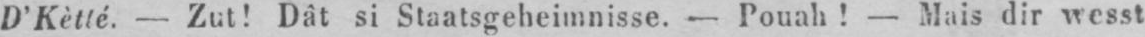
D’Kètté. - Zut! Dât si Staatsgeheimnisse. - Pouah! - Mais dir wesst